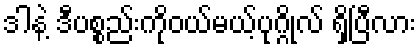
ဒါနဲ့ ဒီပစ္စည်းကိုဝယ်မယ့်ပုဂ္ဂိုလ် ရှိပြီလား